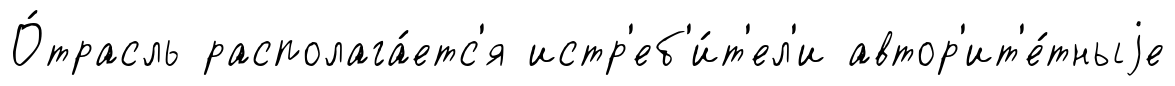
О́трасль располага́етс'я истр'еб'и́т'ел'и автор'ит'е́тныjе